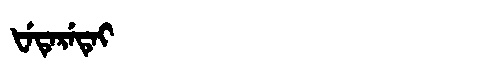
Manchu: ᡶᡝᡨᡝᡵᡝᡨᡝᡳ
Romanization: FETERETEI